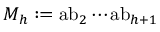
M _ { h } : = { \mathrm { a b } } _ { 2 } \cdots { \mathrm { a b } } _ { h + 1 }